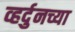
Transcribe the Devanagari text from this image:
व्हर्दुनच्या